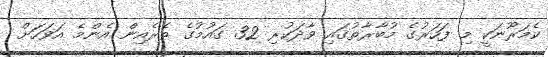
ކެމަރޫނަކީ މި ފަހަރުުގެ މުބާރާތުގައި ވާދަކުރި 32 ގައުމުގެ ތެރެއިން އެންމެ އަވަހަށް